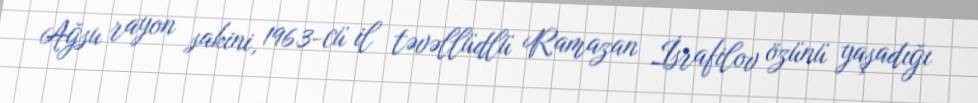
Ağsu rayon sakini, 1963-cü il təvəllüdlü Ramazan İsrafilov özünü yaşadığı